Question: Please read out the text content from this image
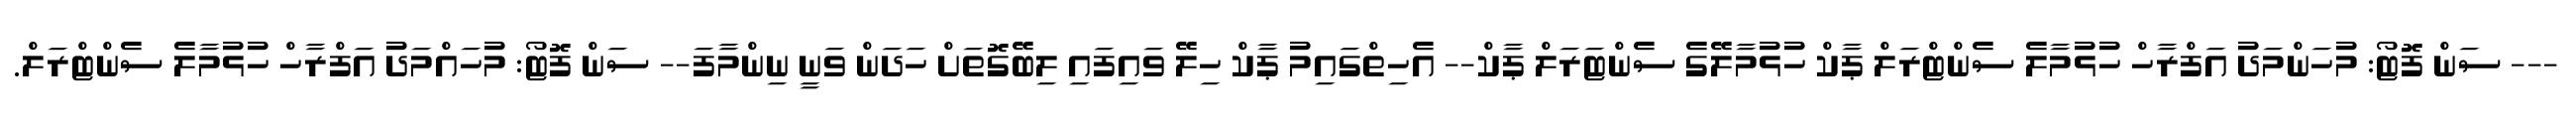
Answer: --- ސަން ފޮޓޯ: މުހަންމަދު އަފްރާހް ހުޅުމާލެ ސެންޓްރަލް ޕާކް ހުޅުމާލޭގެ ސެންޓަރަލް ޕާކް-- އެހިތްގައިމު ޕާކް ހިލޭ ވައިފައި ލިބޭގޮތަށް ހަދަން ވަނީ ނިންމާފަ-- ސަން ފޮޓޯ: މުހައްމަދު އަފްރާހް ހުޅުމާލެ ސެންޓްރަލް.